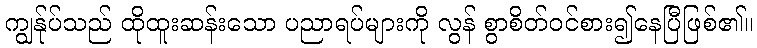
ကျွန်ုပ်သည် ထိုထူးဆန်းသော ပညာရပ်များကို လွန် စွာစိတ်ဝင်စား၍နေပြီဖြစ်၏။